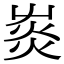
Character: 𤉞